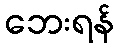
ဘေးရန်